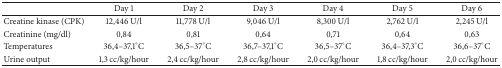
<table><thead><tr><td><b> </b></td><td><b>Day 1</b></td><td><b>Day 2</b></td><td><b>Day 3</b></td><td><b>Day 4</b></td><td><b>Day 5</b></td><td><b>Day 6</b></td></tr></thead><tbody><tr><td>Creatine kinase (CPK)</td><td>12,446 U/l</td><td>11,778 U/l</td><td>9,046 U/l</td><td>8,300 U/l</td><td>2,762 U/l</td><td>2,245 U/l</td></tr><tr><td>Creatinine (mg/dl)</td><td>0,84</td><td>0,81</td><td>0,64</td><td>0,71</td><td>0,64</td><td>0,63</td></tr><tr><td>Temperatures</td><td>36,4–37,1°C</td><td>36,5–37°C</td><td>36,7–37,1°C</td><td>36,5–37°C</td><td>36,4–37,3°C</td><td>36,6–37°C</td></tr><tr><td>Urine output</td><td>1,3 cc/kg/hour</td><td>2,4 cc/kg/hour</td><td>2,8 cc/kg/hour</td><td>2,0 cc/kg/hour</td><td>1,8 cc/kg/hour</td><td>2,0 cc/kg/hour</td></tr></tbody></table>